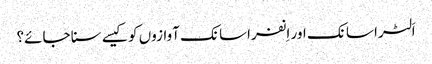
اَلٹرا سانک اور اِنفراسانک آوازوں کو کیسے سنا جائے؟